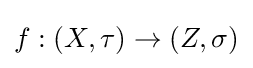
f:(X,\tau )\to (Z,\sigma )